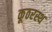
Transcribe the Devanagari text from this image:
कूठरस्थ